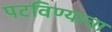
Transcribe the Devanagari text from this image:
पटविण्याचा